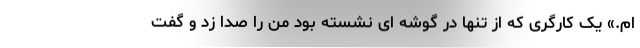
ام.» یک کارگری که از تنها در گوشه ای نشسته بود من را صدا زد و گفت